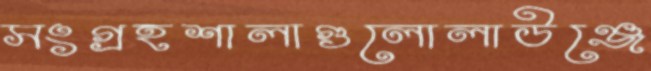
সংগ্রহশালাগুলোলাউঞ্জে